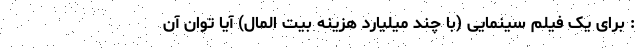
: برای یک فیلم سینمایی (با چند میلیارد هزینه بیت المال) آیا توان آن